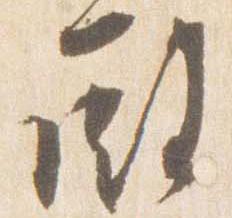
殿